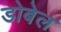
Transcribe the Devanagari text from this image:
डोबेल